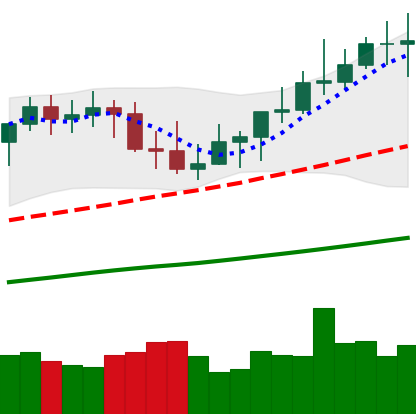
Ticker: XMR-USD
Chart end date: 2021-04-04
Forward return: 4.522%
Label: up_3_5